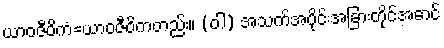
ယာဝဇီဝိကံ=ယာဝဇီဝိကတည်း။ (ဝါ) အသက်အပိုင်းအခြားတိုင်အောင်